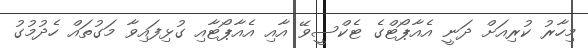
މިހާރު ކުރިއަށް ދަނީ އެއާޕޯޓްގެ ޓެކްސީވޭ އާއި އެއާޕޯޓާއި ގުޅިފައިވާ މަގުތައް ހެދުމުގު